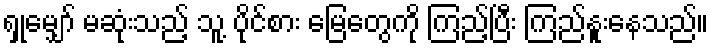
ရှုမျှော် မဆုံးသည့် သူ့ ပိုင်စား မြေတွေကို ကြည့်ပြီး ကြည်နူးနေသည်။